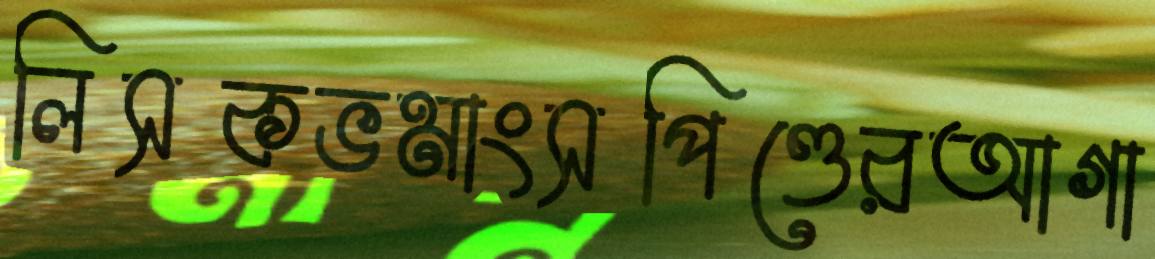
লিসকভমাংসপিণ্ডেরআগা